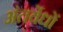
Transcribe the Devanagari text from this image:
अंतर्वेधों